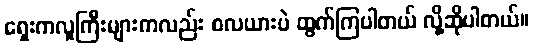
ရှေးကလူကြီးများကလည်း စလယားပဲ ထွက်ကြပါတယ် လို့ဆိုပါတယ်။